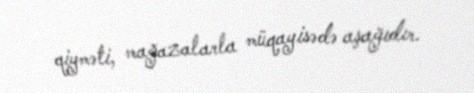
qiyməti, mağazalarla müqayisədə aşağıdır.